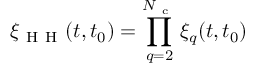
\xi _ { \mathrm { ~ H ~ H ~ } } ( t , t _ { 0 } ) = \prod _ { q = 2 } ^ { N _ { \mathrm { ~ c ~ } } } \xi _ { q } ( t , t _ { 0 } )